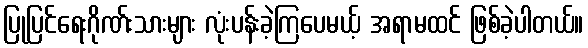
ပြုပြင်ရေးဂိုဏ်းသားများ လုံးပန်းခဲ့ကြပေမယ့် အရာမထင် ဖြစ်ခဲ့ပါတယ်။